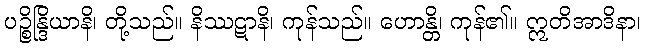
ပဉ္စိန္ဒြိယာနိ၊ တို့သည်။ နိဿဋာနိ၊ ကုန်သည်။ ဟောန္တိ၊ ကုန်၏။ ဣတိအာဒိနာ၊